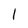
Character: l